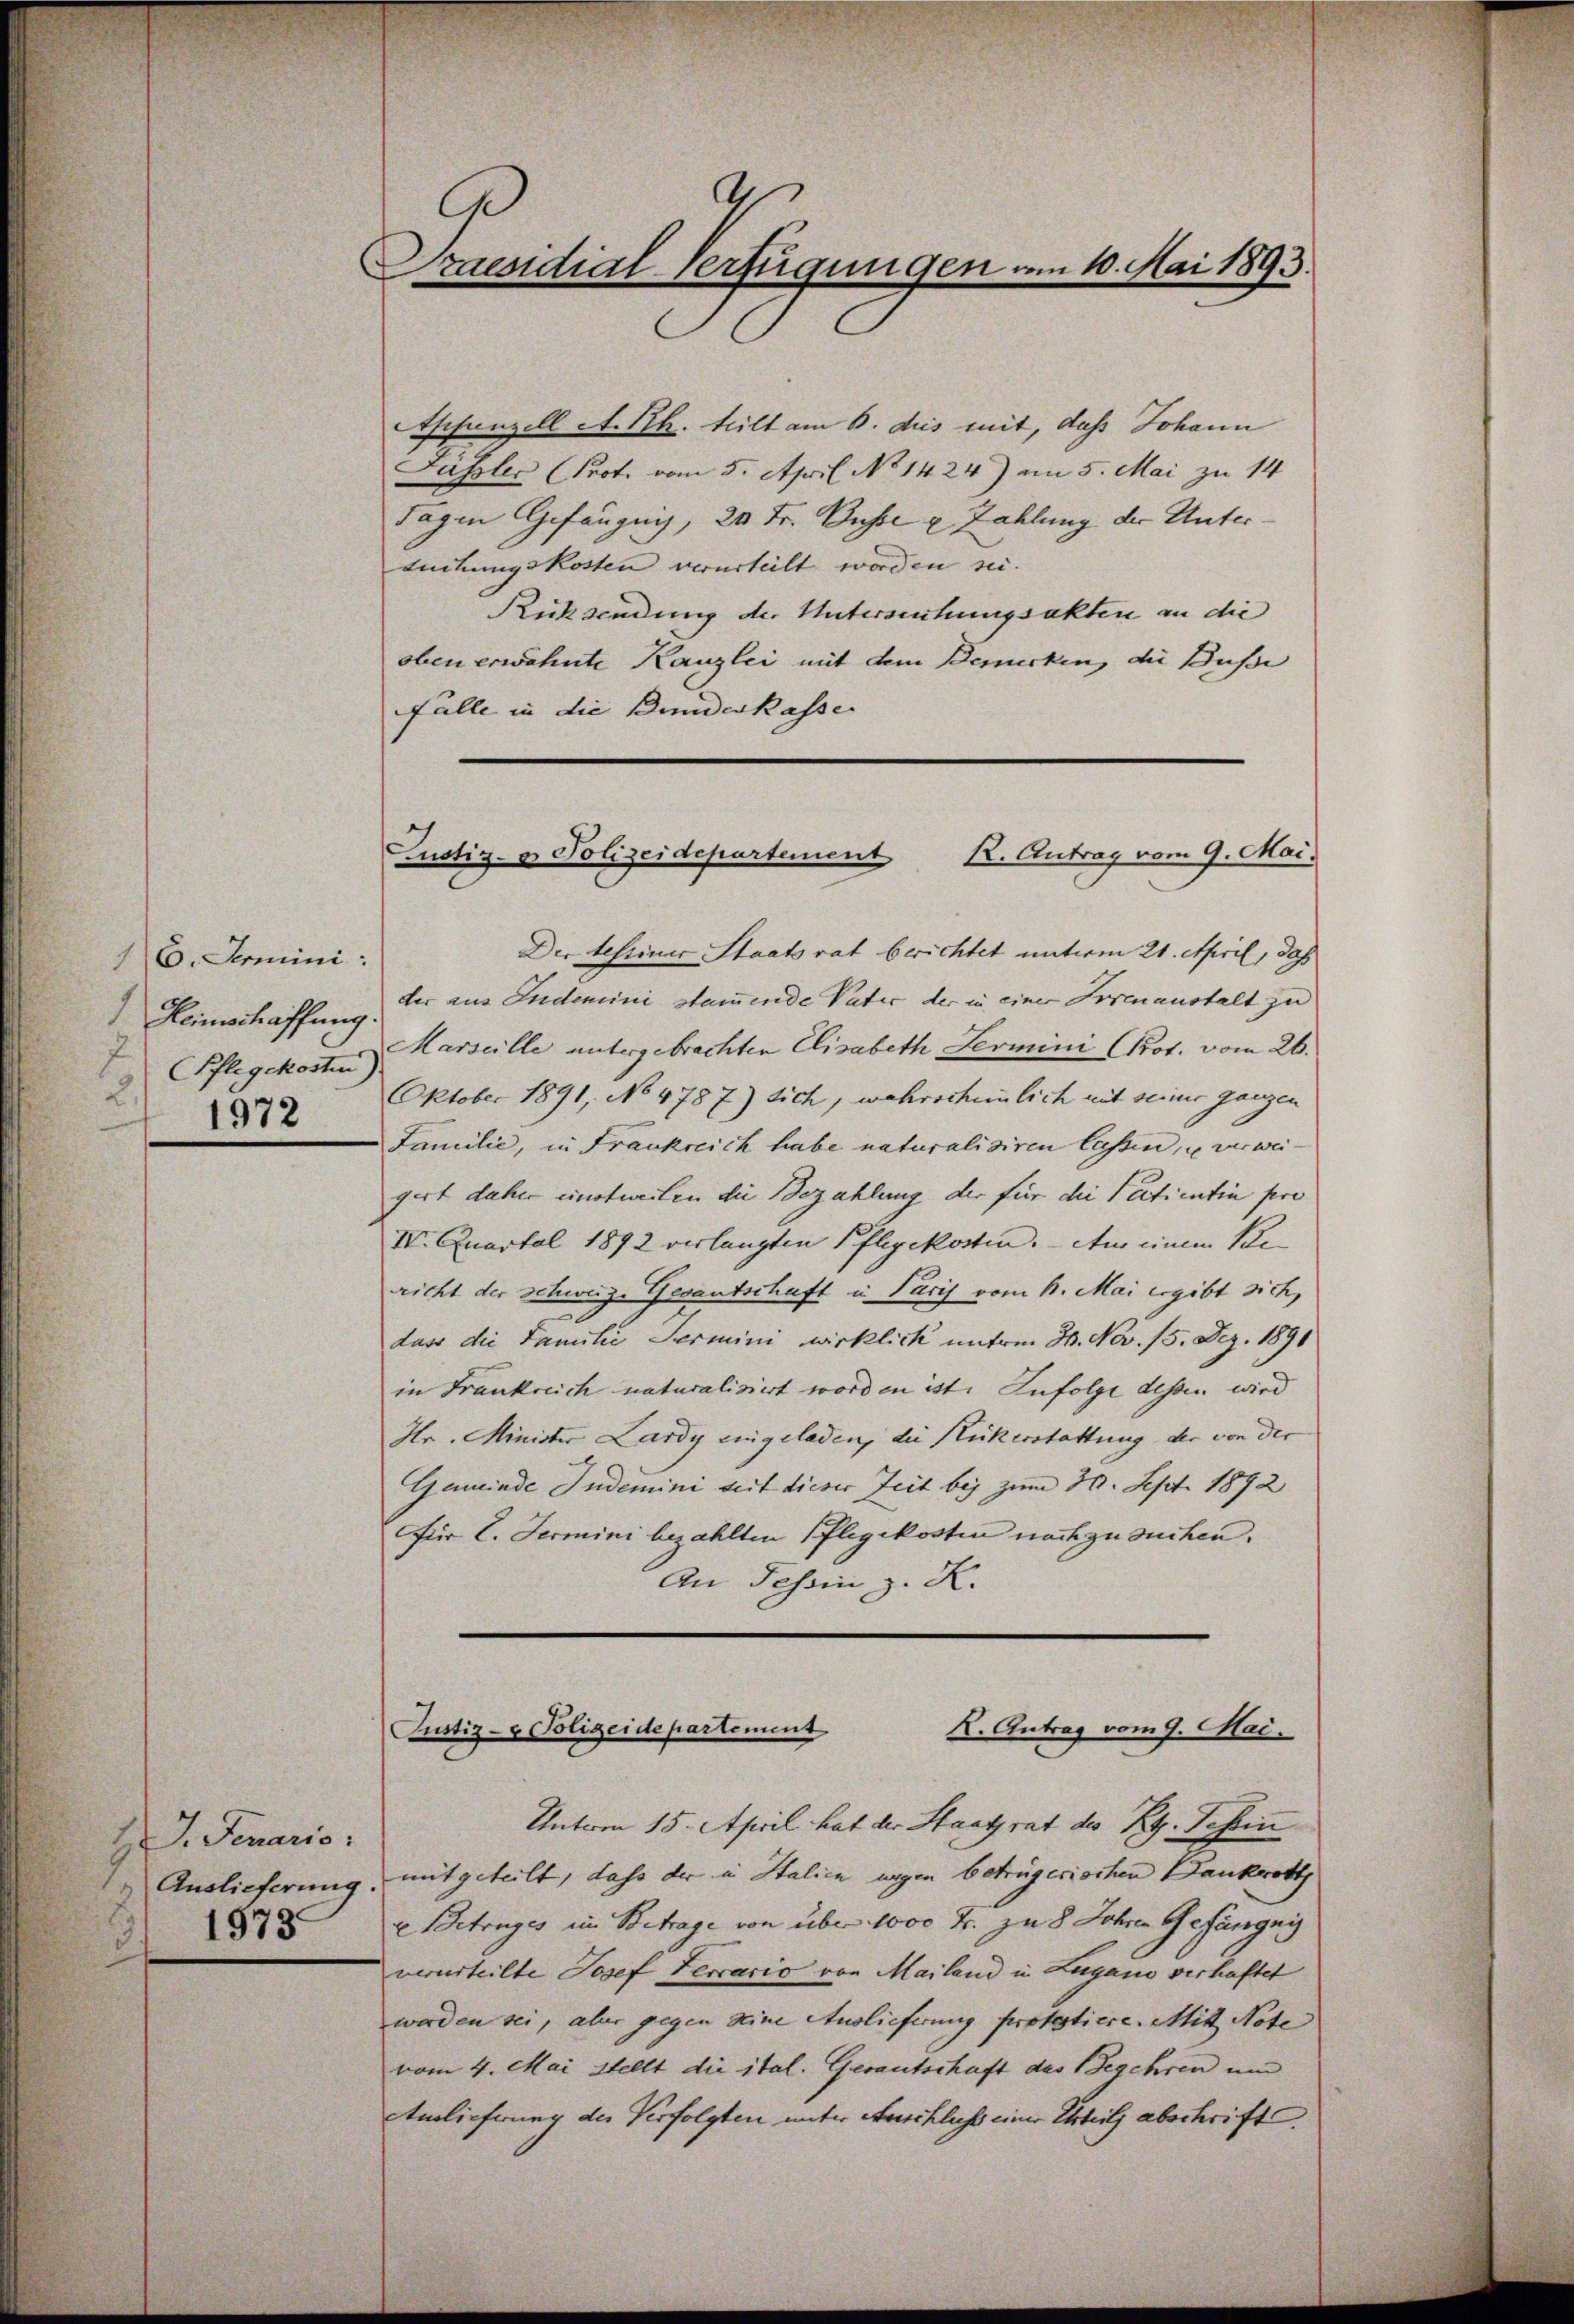
16. Fermini
Heinschaffung.
7
(Pflegekosten)
2
1972

2 J. Jenario.
1573.

A
Praesidial-Verfügungen am 10. Mai 1893.

Justiz- & Polizeidepartement
K. Antrag vom 9. Mai.

Aschanzell A. Th. teilt am 6. des mit, daß Johann
Füssler (Prot. vom 5. April No 1424) am 5. Mai zu 14
Tagen Gefängnis, 20 Fr. Busse u. Zahlung der Untertuitungskosten verurteilt worden sei.
Rücksendung der Untersehungsakten an die
oben erwähnte Kanzlei mit dem Bemerken, die Busse
Fülle in die Bundeskasse
Der beseiner Staatsrat berichtet unterm 21. April, daß
der aus Indemini stammende Vater der in einer Frienanstalt zu
Marseille untergebrachten Elisabeth Lermini Prot. vom 26.
Oktober 1891, No 4787) sich, wahrscheinlich mit seiner ganzen
Familie, in Frankreich habe naturalisiren lassen, u verweigert daher einstweilen die Bezahlung der für die Sectientin pro
IV. Quartal 1892 verlangten Pflegekosten. An einem Be
richt der schweiz. Gesantschaft in Paris vom 1. Mai ergibt sich,
dass die Familie Termini wirklich unterm 30. Nov. 15. Dez. 1891
in Frankreich naturalisiert worden ist. Infolge dessen wird
Hr. Minister Lardy eingeladen, die Ruckerstattung der von der
Gemeinde Indemini seit dieser Zeit bei zum 30. Sept. 1892
Für L. Fermini bezahlten Pflegekosten nach zu suchen.
An Tessin z. R.
Pustiz- & Polizeide partement
K. Antrag vom 9. Mai.
Unterm 15. April hat der Staatsrat des Kt. Schin
Auslieferung mitgeteilt, dass der in Italien wegen betrügerischen Bankrott
u Betruges im Betrage von über 1000 Fr. zu 8 Jahren Gefängni
verurteilte Josef Terracio von Mailand in Lugano verhaftet
werden sei, aber gegen seine Auslieferung protestiere. Mitt Note
vom 4. Mai stellt die ital. Gerautschaft des Begehren und
Amlicherung des Verfolgten unter Auschluss einer Urteils abschrift